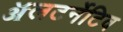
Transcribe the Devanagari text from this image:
ॲलटर्नेटिव